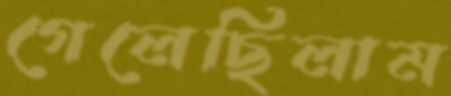
গেলেছিলাম